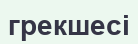
грекшесі